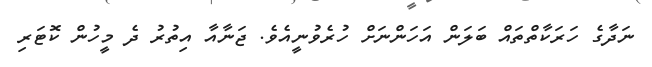
ނަދާގެ ހަރަކާތްތައް ބަލަން އަހަންނަށް ހުރެވުނީއެވެ. ޖަނާއާ އިތުރު ދެ މީހުން ކޮޓަރި